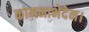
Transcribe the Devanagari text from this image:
कामनाभेदेन।